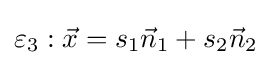
\varepsilon _{3}:{\vec {x}}=s_{1}{\vec {n}}_{1}+s_{2}{\vec {n}}_{2}